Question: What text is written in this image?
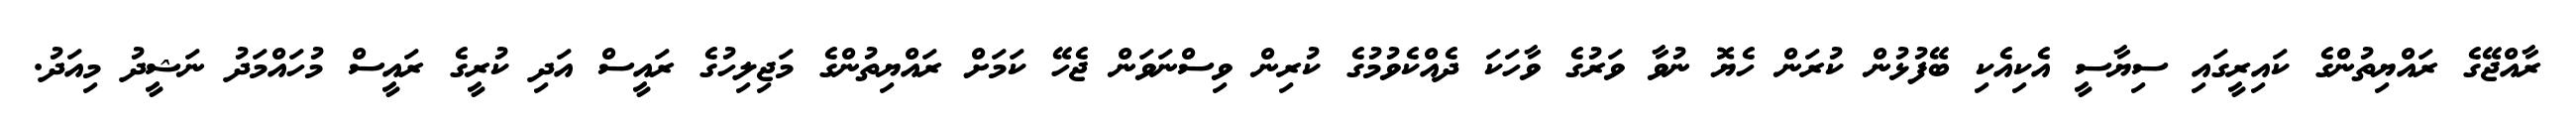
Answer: ރާއްޖޭގެ ރައްޔިތުންގެ ކައިރީގައި ސިޔާސީ އެކިއެކި ބޭފުޅުން ކުރަން ހެޔޮ ނުވާ ވަރުގެ ވާހަކަ ދެއްކެވުމުގެ ކުރިން ވިސްނަވަން ޖެހޭ ކަމަށް ރައްޔިތުންގެ މަޖިލިހުގެ ރައީސް އަދި ކުރީގެ ރައީސް މުހައްމަދު ނަޝީދު މިއަދު.